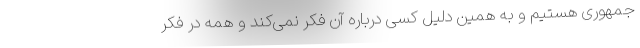
جمهوری هستیم و به همین دلیل کسی درباره آن فکر نمی‌کند و همه در فکر